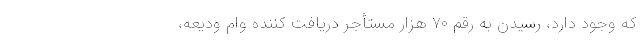
که وجود دارد، رسیدن به رقم ۷۰ هزار مستأجرِ دریافت کننده وام ودیعه،